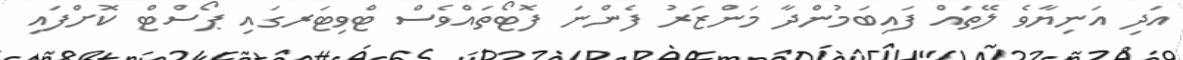
އަދި އަނިޔާވެ ލޭތައް ފައިބަމުންދާ މަންޒަރު ފެންނަ ފޮޓޯތައްވެސް ޓްވިޓަރގައި ޕޯސްޓް ކޮށްފައި